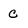
Character: c